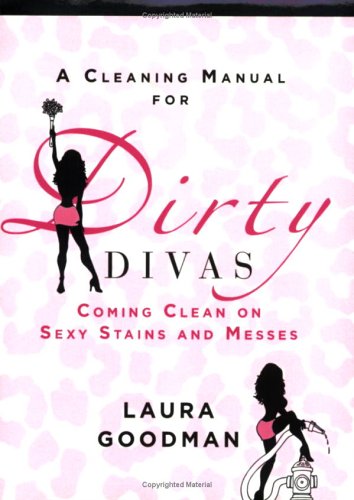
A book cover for A Cleaning Manual for Dirty Divas; Laura Goodman; Crafts, Hobbies & Home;